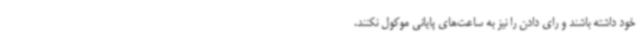
خود داشته باشند و رای دادن را نیز به ساعت‌های پایانی موکول نکنند.